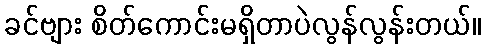
ခင်ဗျား စိတ်ကောင်းမရှိတာပဲလွန်လွန်းတယ်။